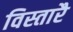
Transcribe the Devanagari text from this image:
विस्तारै